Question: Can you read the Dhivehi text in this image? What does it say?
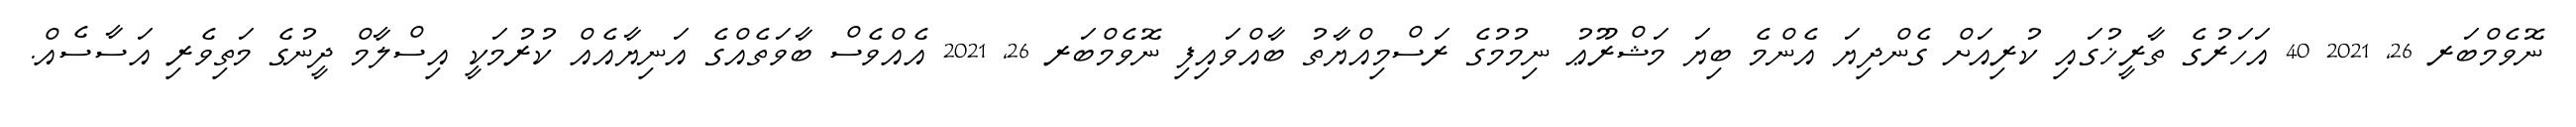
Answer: ނޮވެމްބަރ 26, 2021 40 އަހަރުގެ ތާރީޚުގައި ކުރިއަށް ގެންދިޔަ އެންމެ ބިޔަ މަޝްރޫޢު ނިމުމުގެ ރަސްމިއްޔާތު ބާއްވައިފި ނޮވެމްބަރ 26, 2021 އެއްވެސް ބާވަތެއްގެ އަނިޔާއެއް ކުރުމަކީ އިސްލާމް ދީނުގެ މަތިވެރި އަސާސެއް.